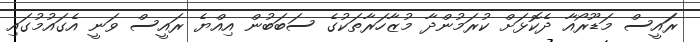
ރަައީސް މަޑޫރޯއާ ދެކޮޅަށް ކުރަމުންދާ މުޒާހަރާތަކުގެ ސަބަބުން އިއްޔެ ރައީސް ވަނީ އެގައުމުގައި